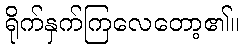
ရိုက်နှက်ကြလေတော့၏။